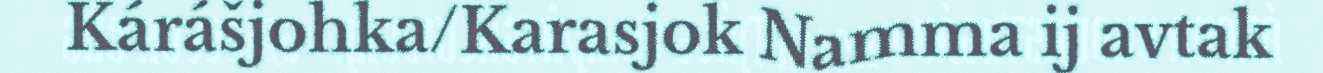
Kárášjohka/Karasjok Namma ij avtak